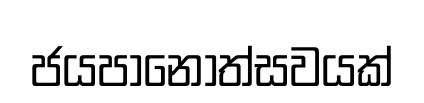
ජයපානෝත්සවයක්